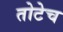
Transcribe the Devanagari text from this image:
तोटेच